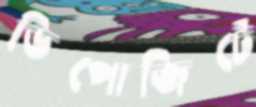
ডিপোজিটে